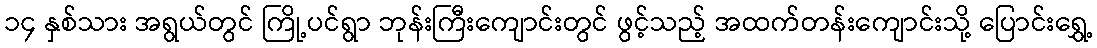
၁၄ နှစ်သား အရွယ်တွင် ကြို့ပင်ရွာ ဘုန်းကြီးကျောင်းတွင် ဖွင့်သည့် အထက်တန်းကျောင်းသို့ ပြောင်းရွှေ့